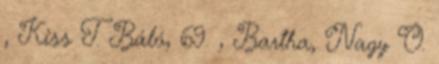
, Kiss T. Báló, 69. , Bartha, Nagy O.